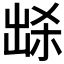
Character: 𭂽